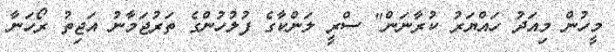
މީހުން މިއަދު ހައްޔަރު ކުރާނަން" ސްރީ ލަންކާގެ ފުލުހުންގެ ތަރުޖަމާނު އަޖިތު ރޯހަނާ